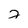
Character: 2